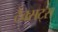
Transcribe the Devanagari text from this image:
टैक्सट्स